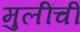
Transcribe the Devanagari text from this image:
मुलींचीं